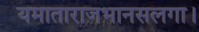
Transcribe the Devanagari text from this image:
यमाताराजभानसलगा।